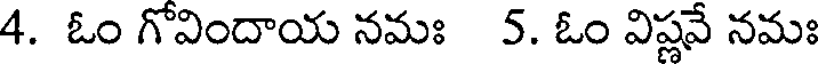
4. ఓం గోవిందాయ నమః 5. ఓం విష్ణవే నమః